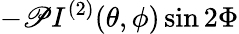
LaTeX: -\mathscr{P}I^{(2)}(\theta,\phi)\sin 2\Phi